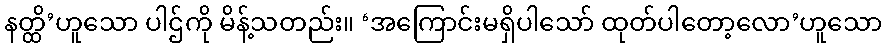
နတ္ထိ’ဟူသော ပါဌ်ကို မိန့်သတည်း။ ‘အကြောင်းမရှိပါသော် ထုတ်ပါတော့လော’ဟူသော